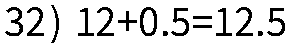
32) 12+0.5=12.5